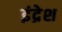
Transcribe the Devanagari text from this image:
इंद्रेश